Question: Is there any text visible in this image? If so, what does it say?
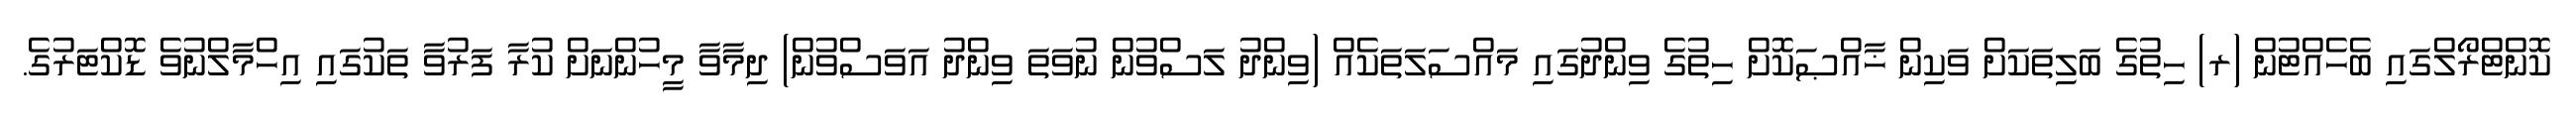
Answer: ކޮންޓްރޯލްގައި ބެހެއްޓުން (ރ) ހިތުގެ ބަލިތަކަށް ވަކިން ޚާއްޞަކޮށް ހިތުގެ ވިންދުގައި މައްސަލަތަކެއް (ވިންދު ލަސްވުން ނުވަތަ ވިންދު އަވަސްވުން) ދިމާވާ މީހުންނަށް ކުރާ ފަރުވާ ތަކުގައި އިހްމާލްނުވެ ޑޮކްޓަރުގެ.